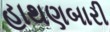
હાથણબારી